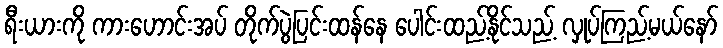
ရီးယားကို ကားဟောင်းအပ် တိုက်ပွဲပြင်းထန်နေ ပေါင်းထည့်နိုင်သည့် လှုပ်ကြည့်မယ်နော်